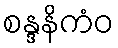
စန္ဒနိကံဝ